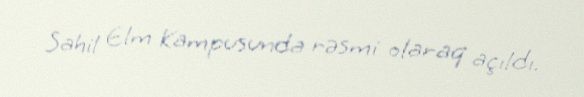
Sahil Elm Kampusunda rəsmi olaraq açıldı.